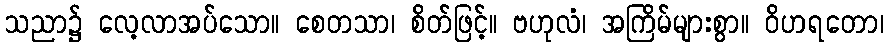
သညာ၌ လေ့လာအပ်သော။ စေတသာ၊ စိတ်ဖြင့်။ ဗဟုလံ၊ အကြိမ်များစွာ။ ဝိဟရတော၊